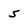
Character: 5